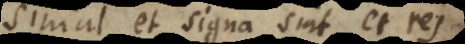
simul et signa sint, et res